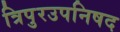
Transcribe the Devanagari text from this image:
त्रिपुरउपनिषद